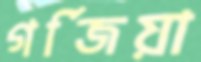
গর্জিয়া